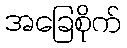
အခြေစိုက်